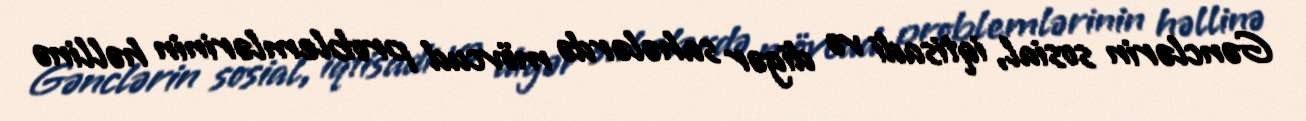
Gənclərin sosial, iqtisadi və digər sahələrdə mövcud problemlərinin həllinə